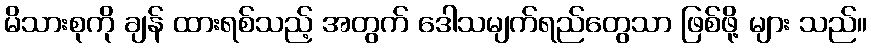
မိသားစုကို ချန် ထားရစ်သည့် အတွက် ဒေါသမျက်ရည်တွေသာ ဖြစ်ဖို့ များ သည်။